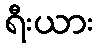
ရီးယား